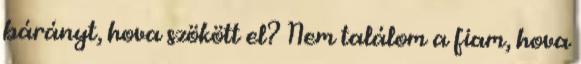
bárányt, hova szökött el? Nem találom a fiam, hova